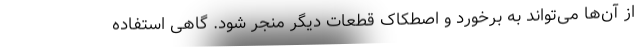
از آن‌ها می‌تواند به برخورد و اصطکاک قطعات دیگر منجر شود. گاهی استفاده